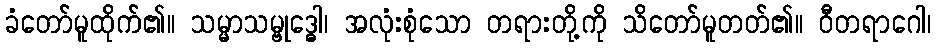
ခံတော်မူထိုက်၏။ သမ္မာသမ္ဗုဒ္ဓေါ၊ အလုံးစုံသော တရားတို့ကို သိတော်မူတတ်၏။ ဝီတရာဂေါ၊